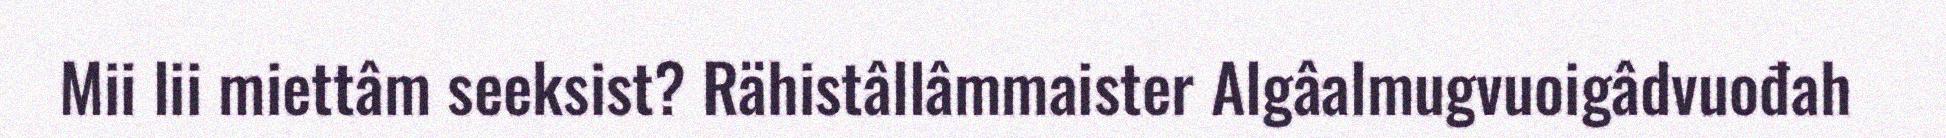
Mii lii miettâm seeksist? Rähistâllâmmaister Algâalmugvuoigâdvuođah